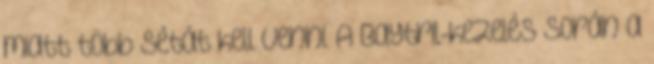
miatt több sétát kell venni. A Baytril-kezelés során a